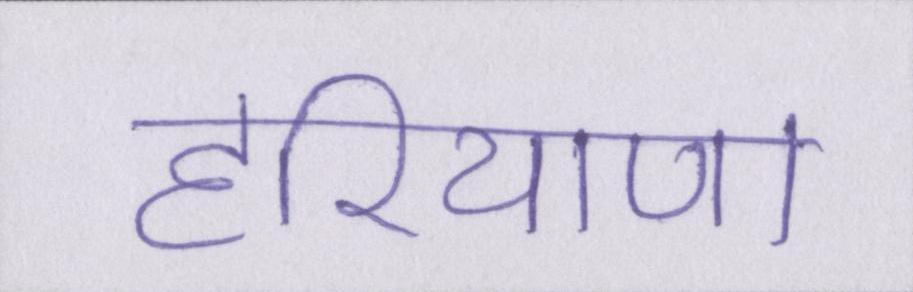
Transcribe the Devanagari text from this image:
हरियाणा